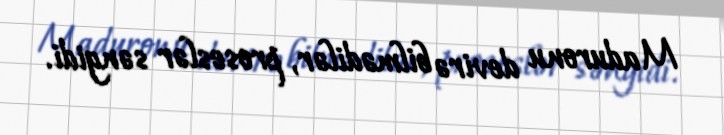
Maduronu devirə bilmədilər, proseslər səngidi.